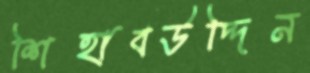
শিহাবউদ্দিন